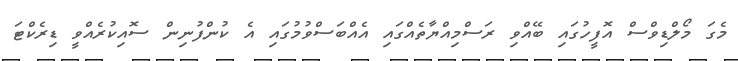
މެގަ މޯލްޑިވްސް އޮފީހުގައި ބޭއްވި ރަސްމިއްޔާތެއްގައި އެއްބަސްވުމުގައި އެ ކުންފުނިން ސޮއިކުރެއްވީ ޑިރެކްޓަ